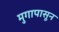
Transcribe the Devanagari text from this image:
मुगापासून